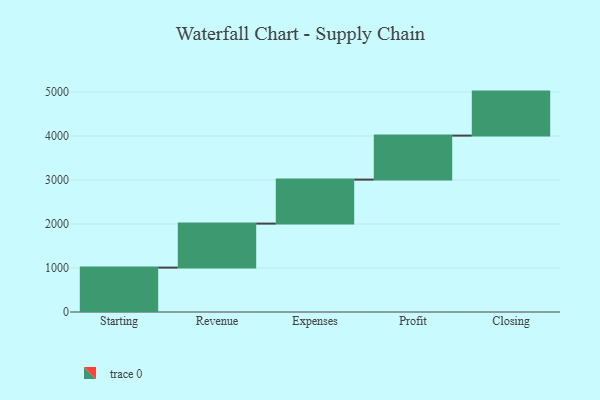
{"axis": {"x": "Step", "y": "Value"}, "legend": [""], "data": [{"x": "Starting", "y": 1009.0, "type": ""}, {"x": "Revenue", "y": 1000, "type": ""}, {"x": "Expenses", "y": 1000, "type": ""}, {"x": "Profit", "y": 1000, "type": ""}, {"x": "Closing", "y": 1000, "type": ""}]}